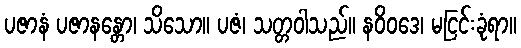
ပဇာနံ ပဇာနန္တော၊ သိသော။ ပဇံ၊ သတ္တဝါသည်။ နဝိဝဒေ၊ မငြင်းခုံရာ။